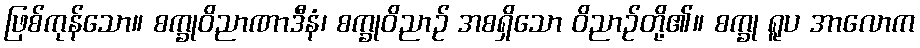
ဖြစ်ကုန်သော။ စက္ခုဝိညာဏာဒီနံ၊ စက္ခုဝိညာဉ် အစရှိသော ဝိညာဉ်တို့၏။ စက္ခု ရူပ အာလောက